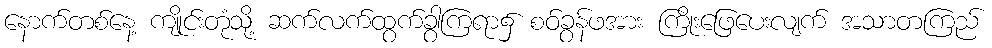
နောက်တစ်နေ့ ကျိုင်းတုံသို့ ဆက်လက်ထွက်ခွာကြရာ၌ စဝ်ခွန်ဖအား ကြိုးဖြေပေးလျက် အသာတကြည်